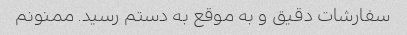
سفارشات دقیق و به موقع به دستم رسید. ممنونم